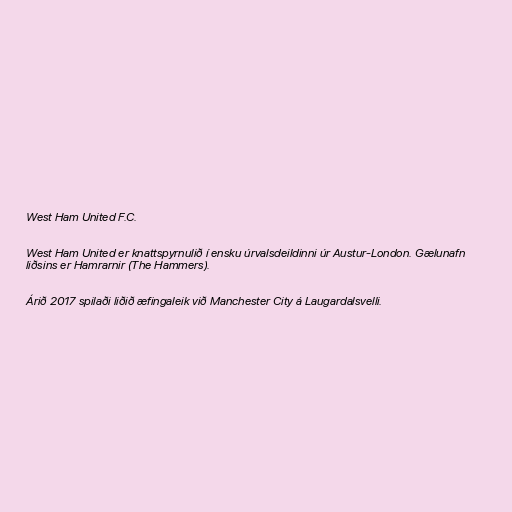
West Ham United F.C.

West Ham United er knattspyrnulið í ensku úrvalsdeildinni úr Austur-London. Gælunafn
liðsins er Hamrarnir (The Hammers).

Árið 2017 spilaði liðið æfingaleik við Manchester City á Laugardalsvelli.